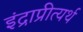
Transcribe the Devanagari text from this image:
इंद्राप्रीत्यर्थ